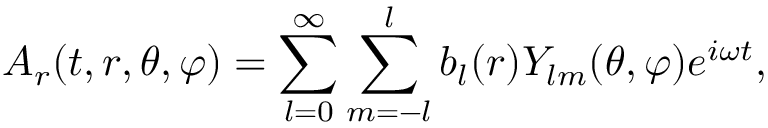
A _ { r } ( t , r , \theta , \varphi ) = \sum _ { l = 0 } ^ { \infty } \sum _ { m = - l } ^ { l } b _ { l } ( r ) Y _ { l m } ( \theta , \varphi ) e ^ { i \omega t } ,